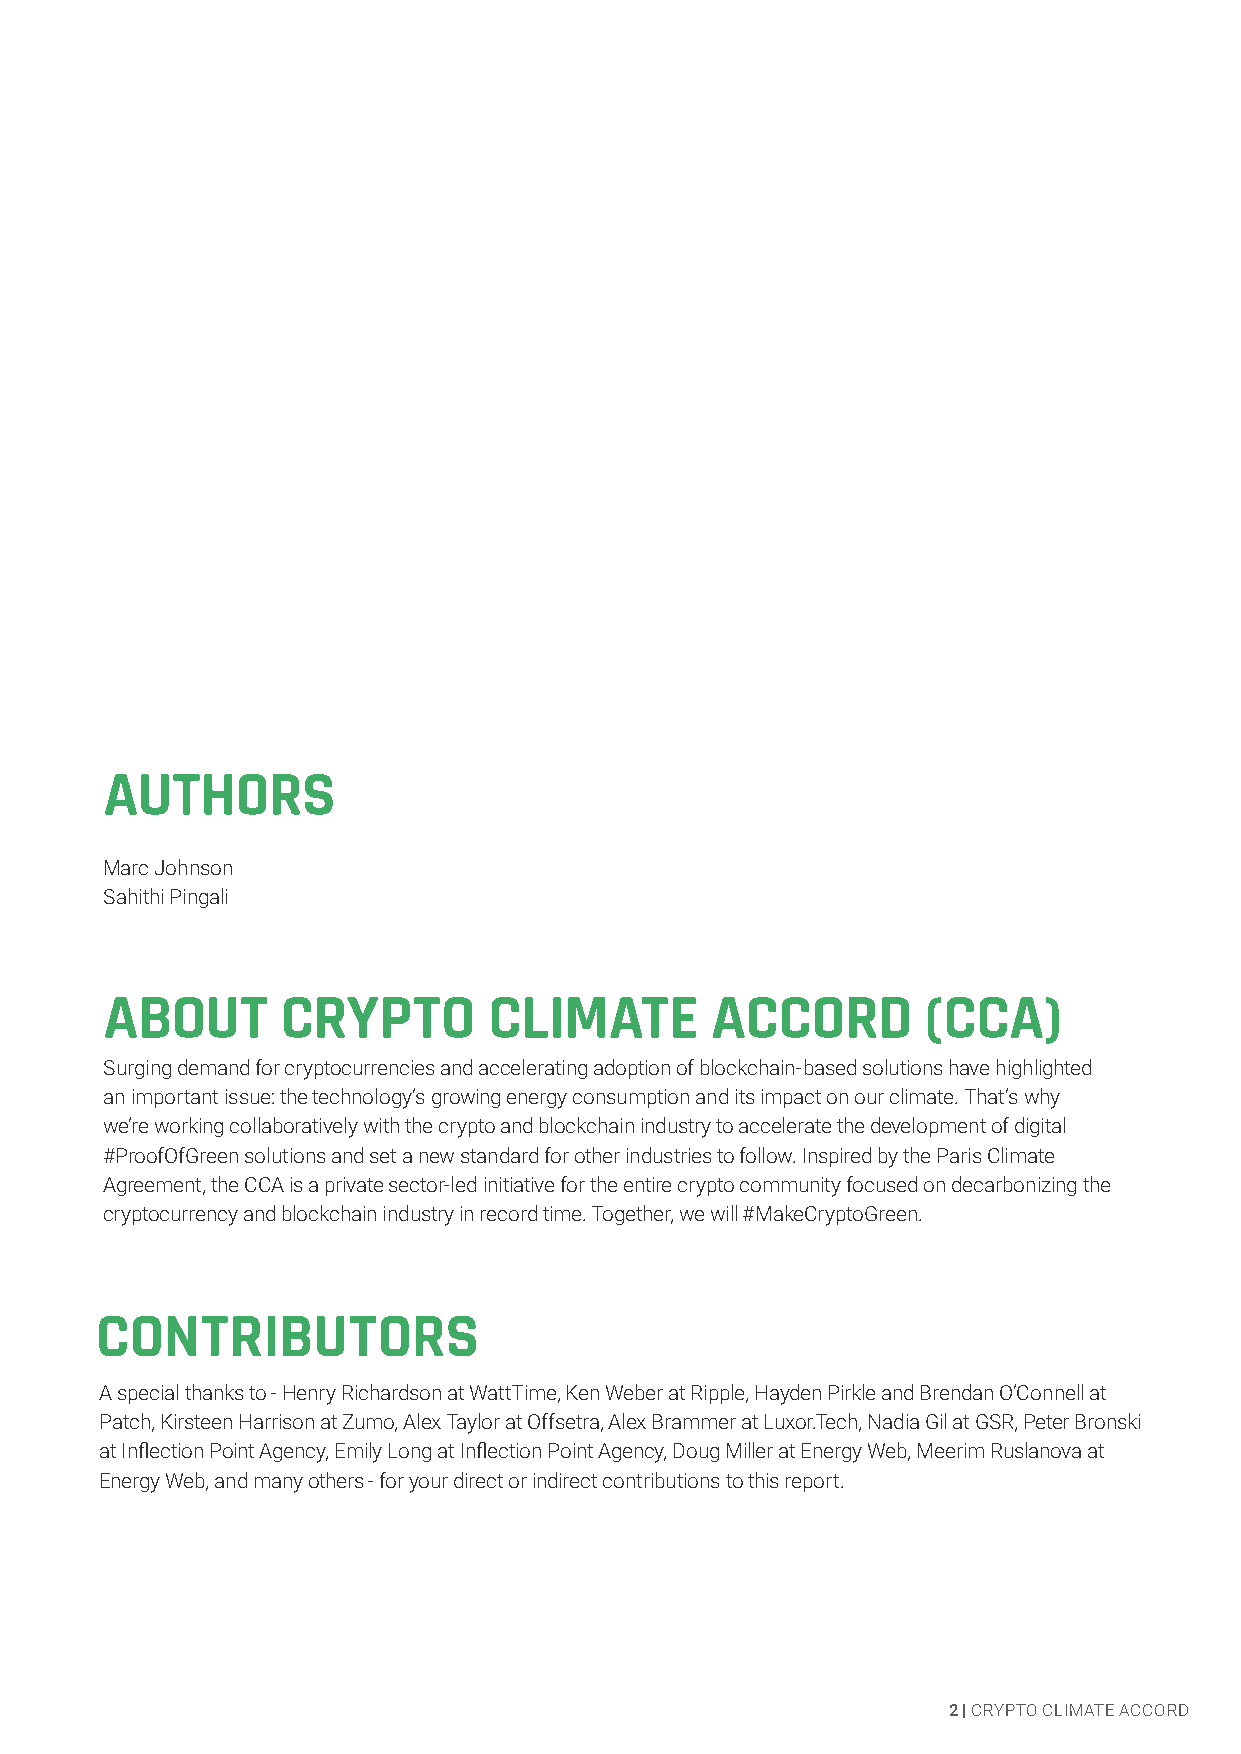
SECTION          TITLE
 AUTHORS
 Marc Johnson
 Sahithi Pingali
 ABOUT       CRYPTO       CLIMATE        ACCORD        (CCA)
 Surging demand for cryptocurrencies and accelerating adoption of blockchain-based solutions have highlighted
 an important issue: the technology’s growing energy consumption and its impact on our climate. That’s why
 we’re working collaboratively with the crypto and blockchain industry to accelerate the development of digital
 #ProofOfGreen solutions and set a new standard for other industries to follow. Inspired by the Paris Climate
 Agreement, the CCA is a private sector-led initiative for the entire crypto community focused on decarbonizing the
 cryptocurrency and blockchain industry in record time. Together, we will #MakeCryptoGreen.
 CONTRIBUTORS
 A special thanks to - Henry Richardson at WattTime, Ken Weber at Ripple, Hayden Pirkle and Brendan O’Connell at
 Patch, Kirsteen Harrison at Zumo, Alex Taylor at Offsetra, Alex Brammer at Luxor.Tech, Nadia Gil at GSR, Peter Bronski
 at Inflection Point Agency, Emily Long at Inflection Point Agency, Doug Miller at Energy Web, Meerim Ruslanova at
 Energy Web, and many others - for your direct or indirect contributions to this report.
 2 | CRYPTO CLIMATE ACCORD